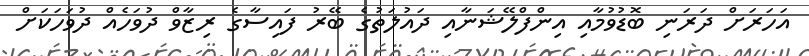
އަހަރަށް ދަރަނި ބޮޑުވުމާއި އިންފްލޭޝަނާއި ދައުލަތުގެ ބޭރު ފައިސާގެ ރިޒާވް ދުވަހެއް ދުވަހަކަށް